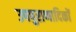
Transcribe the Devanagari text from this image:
उपपुराणादिकों